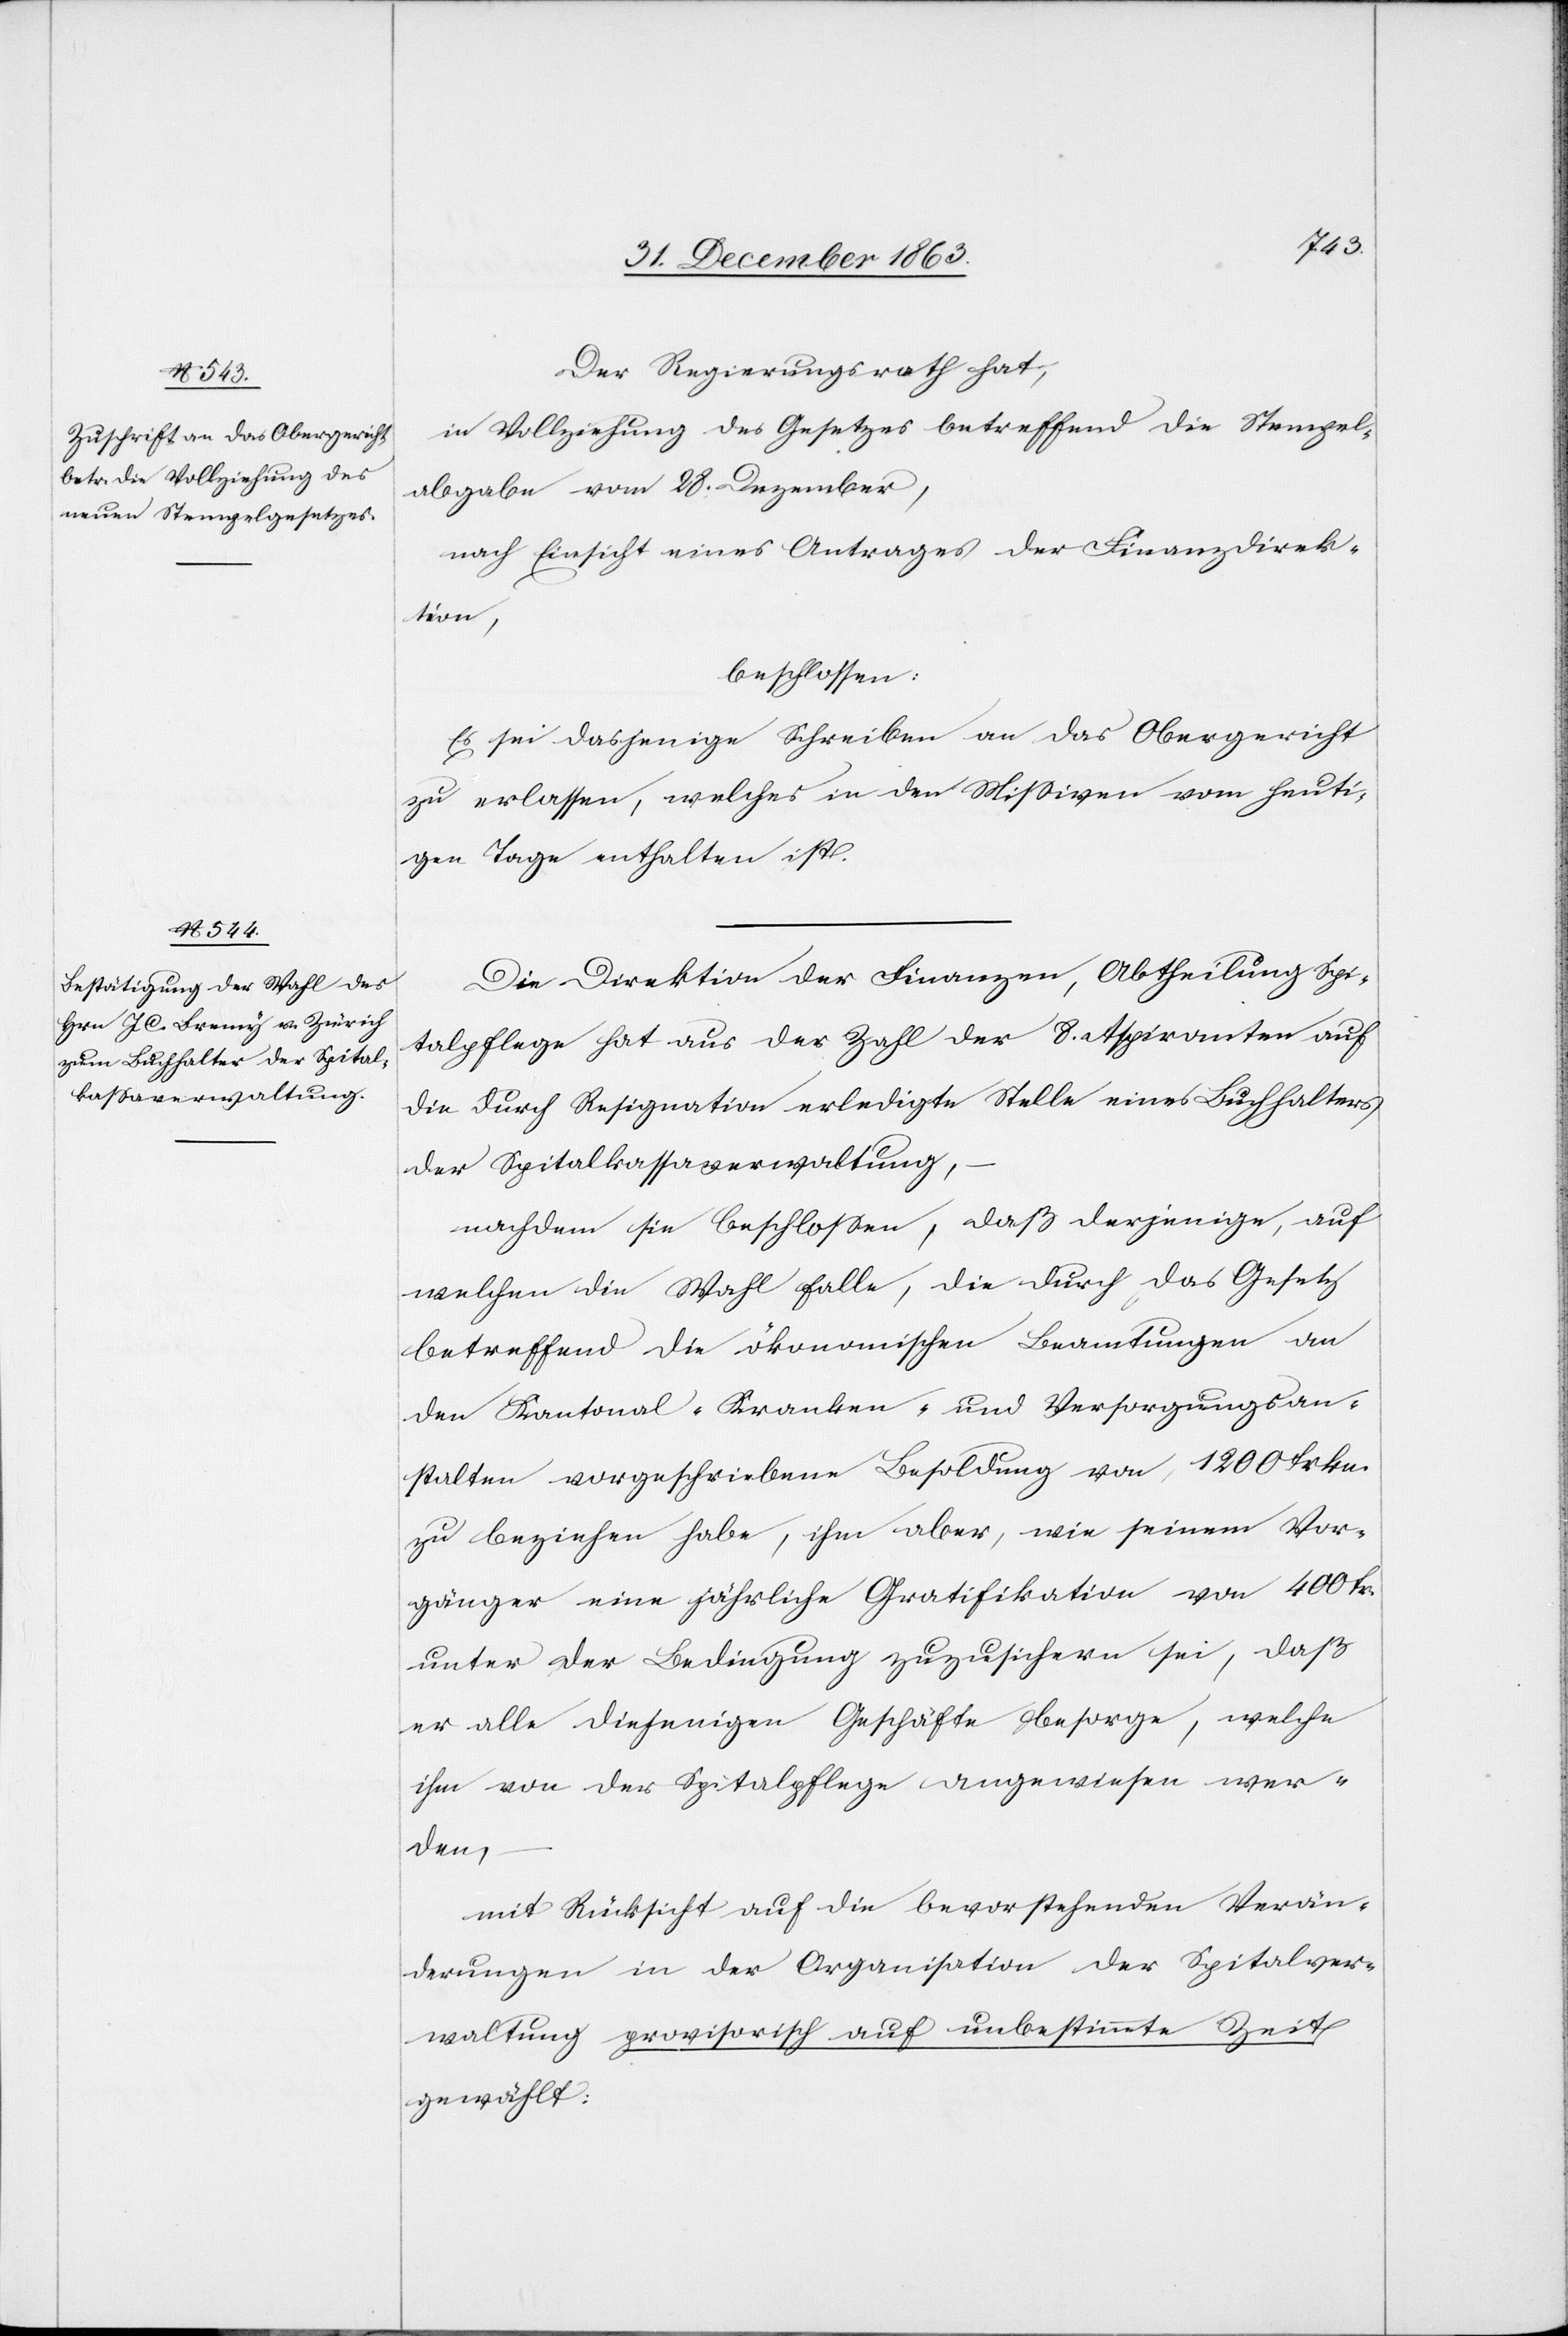
Der Regierungsrath hat,
in Vollziehung des Gesetzes betreffend die Stempel¬
abgabe vom 28. Dezember,
nach Einsicht eines Antrages der Finanzdirek¬
tion,
beschlossen:
Es sei dasjenige Schreiben an das Obergericht
zu erlassen, welches in den Missiven vom heuti¬
gen Tage enthalten ist.
Die Direktion der Finanzen, Abtheilung Spi¬
talpflege hat aus der Zahl der 8. Aspiranten auf
die durch Resignation erledigte Stelle eines Buchhalters
der Spitalkassaverwaltung,
nachdem sie beschlossen, daß derjenige, auf
welchen die Wahl falle, die durch das Gesetz
betreffend die ökonomischen Beamtungen an
den Kantonal-Kranken- und Versorgungsan¬
stalten vorgeschriebene Besoldung von 1200 Frkn.
zu beziehen habe, ihm aber, wie seinem Vor¬
gänger eine jährliche Gratifikation von 400 Fr.
unter der Bedingung zuzusichern sei, daß
er alle diejenigen Geschäfte besorge, welche
ihm von der Spitalpflege angewiesen wer¬
den,
mit Rücksicht auf die bevorstehenden Verän¬
derungen in der Organisation der Spitalver¬
waltung provisorisch auf unbestimmte Zeit
gewählt: